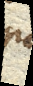
non